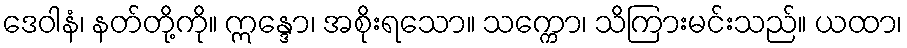
ဒေဝါနံ၊ နတ်တို့ကို။ ဣန္ဒော၊ အစိုးရသော။ သက္ကော၊ သိကြားမင်းသည်။ ယထာ၊